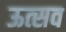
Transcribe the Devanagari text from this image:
ऊत्सव